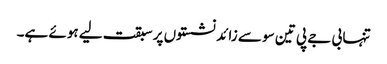
تنہا بی جے پی تین سو سے زائد نشستوں پر سبقت لیے ہوئے ہے۔